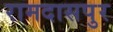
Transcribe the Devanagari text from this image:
रामदासपुर